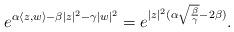
LaTeX: \begin{align*}e^{\alpha \langle z,w\rangle - \beta |z|^2 - \gamma |w|^2} = e^{|z|^2 ( \alpha \sqrt{\frac{\beta}{\gamma}} - 2\beta)}.\end{align*}